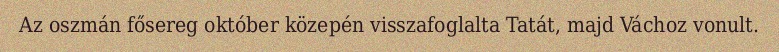
Az oszmán fősereg október közepén visszafoglalta Tatát, majd Váchoz vonult.